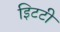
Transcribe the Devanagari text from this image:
इिटटी